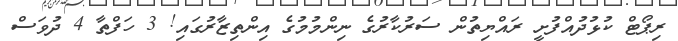
ރިޕޯޓް ކުޅުދުއްފުށީ ރައްޔިތުން ސަރުކާރުގެ ނިންމުމުގެ އިންތިޒާރުގައި! 3 ހަފްތާ 4 ދުވަސް